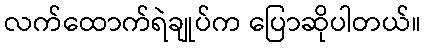
လက်ထောက်ရဲချုပ်က ပြောဆိုပါတယ်။